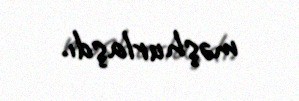
məşhurlaşdı.